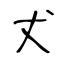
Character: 𠀋